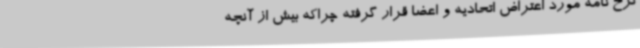
نرخ نامه مورد اعتراض اتحادیه و اعضا قرار گرفته چراکه بیش از آنچه